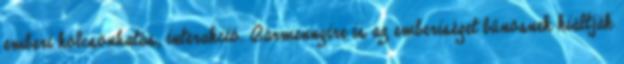
emberi kölcsönhatás, interakció. Bármennyire is az emberiséget bűnösnek kiáltják